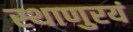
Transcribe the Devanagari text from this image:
स्थाणुरयं